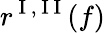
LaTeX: r^{\mathrm{~I~,~I~I~}}(f)